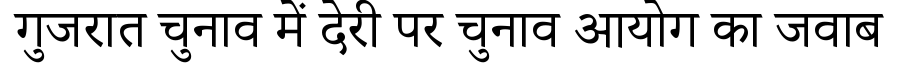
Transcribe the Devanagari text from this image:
गुजरात चुनाव में देरी पर चुनाव आयोग का जवाब